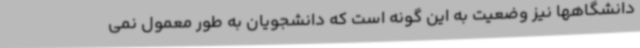
دانشگاهها نیز وضعیت به این گونه است که دانشجویان به طور معمول نمی